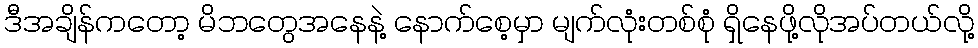
ဒီအချိန်ကတော့ မိဘတွေအနေနဲ့ နောက်စေ့မှာ မျက်လုံးတစ်စုံ ရှိနေဖို့လိုအပ်တယ်လို့